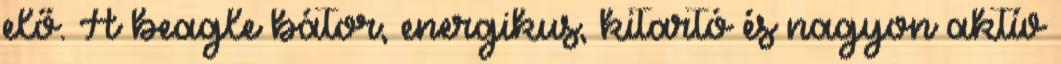
elő. A beagle bátor, energikus, kitartó és nagyon aktív